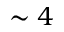
\sim 4